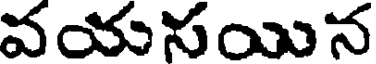
వయసయిన